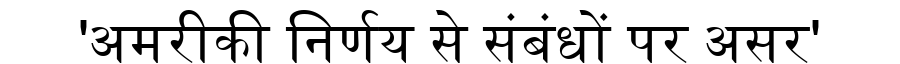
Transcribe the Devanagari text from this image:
'अमरीकी निर्णय से संबंधों पर असर'